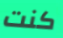
كنت